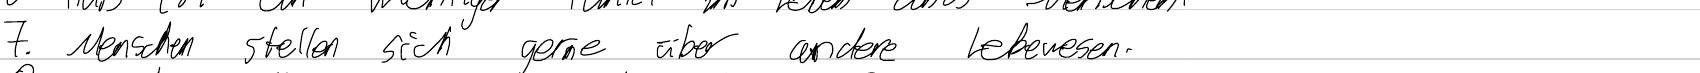
7. Menschen stellen sich gerne über andere Lebewesen.